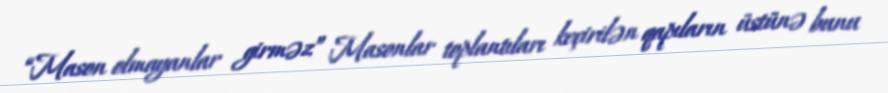
“Mason olmayanlar girməz” Masonlar toplantıları keçirilən qapıların üstünə bunu